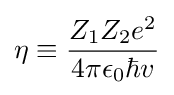
\eta \equiv {\frac {Z_{1}Z_{2}e^{2}}{4\pi \epsilon _{0}\hbar v}}